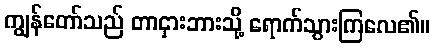
ကျွန်တော်သည် တာငှားဘားသို့ ရောက်သွားကြလေ၏။